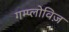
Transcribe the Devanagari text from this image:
गम्प्लोविज़